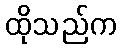
ထိုသည်က